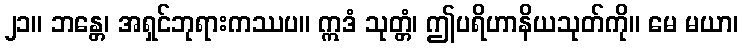
၂၁။ ဘန္တေ၊ အရှင်ဘုရားကဿပ။ ဣဒံ သုတ္တံ၊ ဤပရိဟာနိယသုတ်ကို။ မေ မယာ၊